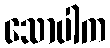
သောပါက